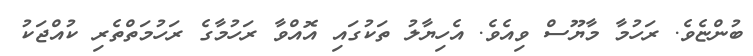
ބުންޏެވެ. ރަހުމާ މާޔޫސް ވިއެވެ. އެހިޔާލު ތަކުގައި އޮއްވާ ރަހުމާގެ ރަހުމަތްތެރި ކުއްޖަކު